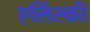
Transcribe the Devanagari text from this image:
एलिंस्की